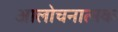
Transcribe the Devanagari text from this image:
आलोचनात्‍मक